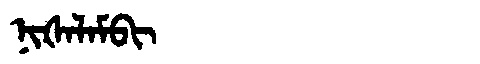
Manchu: ᠨᡳᡧᠠᠯᠠᠮᠪᡳ
Romanization: NIŠALAMBI